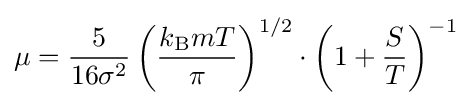
\mu ={\frac {5}{16\sigma ^{2}}}\left({\frac {k_{\text{B}}mT}{\pi }}\right)^{1/2}\cdot \left(1+{\frac {S}{T}}\right)^{-1}